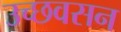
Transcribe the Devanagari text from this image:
उच्छवसन